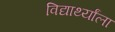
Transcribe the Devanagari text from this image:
विद्यार्थ्यांला